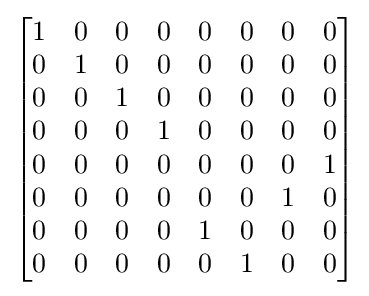
{\begin{bmatrix}1&0&0&0&0&0&0&0\\0&1&0&0&0&0&0&0\\0&0&1&0&0&0&0&0\\0&0&0&1&0&0&0&0\\0&0&0&0&0&0&0&1\\0&0&0&0&0&0&1&0\\0&0&0&0&1&0&0&0\\0&0&0&0&0&1&0&0\\\end{bmatrix}}